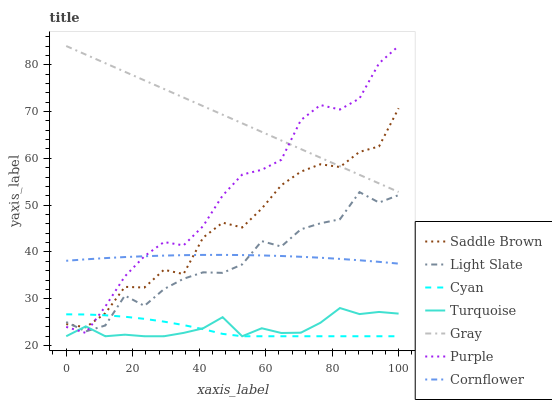
| xaxis_label | Saddle Brown | Light Slate | Cyan | Turquoise | Gray | Purple | Cornflower |
 | --- | --- | --- | --- | --- | --- | --- | --- |
 | 0 | 24.6 | 25 | 26.7 | 22 | 84 | 24 | 38.1 |
 | 5.88 | 23.9 | 23 | 26.7 | 24.1 | 82.2 | 22.7 | 38.4 |
 | 11.8 | 26.9 | 24.3 | 26.5 | 22 | 80.3 | 28.4 | 38.7 |
 | 17.6 | 32.6 | 30.7 | 26.2 | 22.3 | 78.5 | 34.8 | 38.9 |
 | 23.5 | 32.4 | 28.5 | 25.7 | 22 | 76.7 | 39.1 | 39.1 |
 | 29.4 | 36.2 | 32.1 | 25.1 | 22 | 74.8 | 42.1 | 39.2 |
 | 35.3 | 35.3 | 34.3 | 24.4 | 22.7 | 73 | 41.4 | 39.3 |
 | 41.2 | 43.1 | 35.7 | 23.5 | 23.7 | 71.2 | 45.5 | 39.4 |
 | 47.1 | 46.3 | 35.5 | 22.5 | 26.1 | 69.3 | 52.1 | 39.4 |
 | 52.9 | 45.2 | 37.3 | 22 | 22 | 67.5 | 56.5 | 39.3 |
 | 58.8 | 49.3 | 42.3 | 22 | 23.7 | 65.7 | 57.6 | 39.3 |
 | 64.7 | 54.3 | 41.2 | 22 | 22.7 | 63.8 | 59.7 | 39.1 |
 | 70.6 | 57.2 | 44.8 | 22 | 22.8 | 62 | 68.2 | 39 |
 | 76.5 | 58.7 | 46.1 | 22 | 24.9 | 60.2 | 71.4 | 38.8 |
 | 82.4 | 58.2 | 47 | 22 | 28 | 58.3 | 70.4 | 38.5 |
 | 88.2 | 61.4 | 52.8 | 22 | 26.7 | 56.5 | 72.8 | 38.2 |
 | 94.1 | 62.6 | 50.6 | 22 | 27.2 | 54.7 | 80.3 | 37.9 |
 | 100 | 70.7 | 52.1 | 22 | 26.8 | 52.8 | 84 | 37.5 |